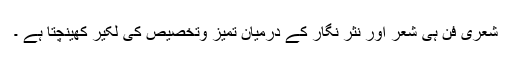
شعری فن ہی شعر اور نثر نگار کے درمیان تمیز وتخصیص کی لکیر کھینچتا ہے ۔